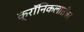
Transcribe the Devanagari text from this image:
क्रॉनिकलातील